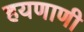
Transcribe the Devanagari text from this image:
हयणाणी